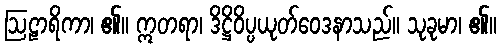
ဩဠာရိကာ၊ ၏။ ဣတရာ၊ ဒိဋ္ဌိဝိပ္ပယုတ်ဝေဒနာသည်။ သုခုမာ၊ ၏။